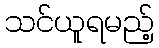
သင်ယူရမည့်